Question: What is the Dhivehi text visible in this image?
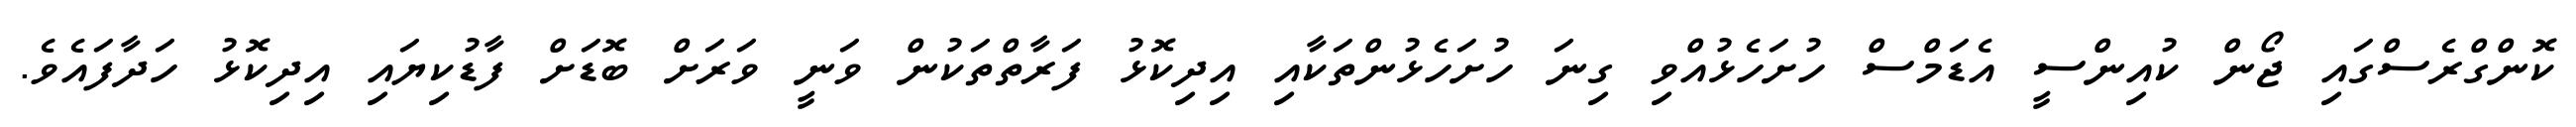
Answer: ކޮންގްރެސްގައި ޖޯން ކުއިންސީ އެޑަމްސް ހުށަހެޅުއްވި ގިނަ ހުށަހެޅުންތަކާއި އިދިކޮޅު ފަރާތްތަކުން ވަނީ ވަރަށް ބޮޑަށް ފާޑުކިޔައި އިދިކޮޅު ހަދާފައެވެ.